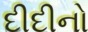
દીદીનો